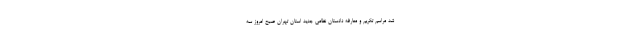
شد مراسم تکریم و معارفه دادستان نظامی جدید استان تهران صبح امروز سه